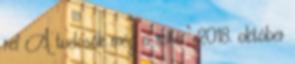
ref A tudosók még a söté ” 2018. október